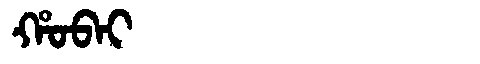
Manchu: ᡥᠣᠪᠠᡳ
Romanization: HOBAI